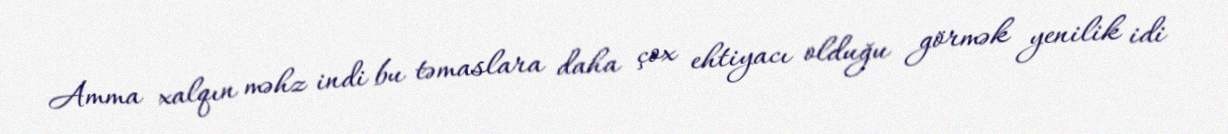
Amma xalqın məhz indi bu təmaslara daha çox ehtiyacı olduğu görmək yenilik idi